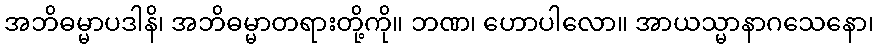
အဘိဓမ္မာပဒါနိ၊ အဘိဓမ္မာတရားတို့ကို။ ဘဏ၊ ဟောပါလော။ အာယသ္မာနာဂသေနော၊